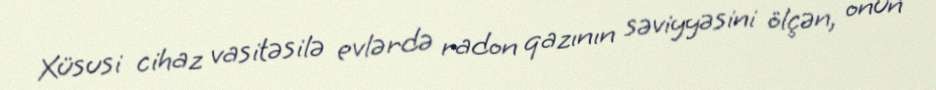
Xüsusi cihaz vasitəsilə evlərdə radon qazının səviyyəsini ölçən, onun